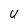
Character: U